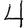
Digit: 4